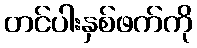
တင်ပါးနှစ်ဖက်ကို